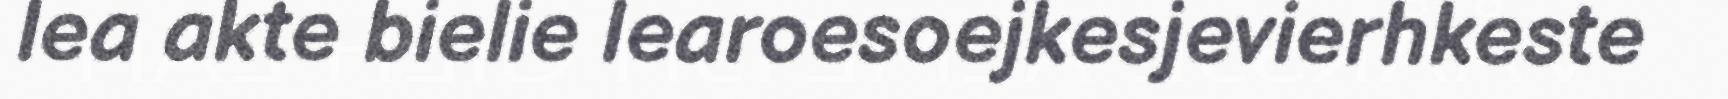
lea akte bielie learoesoejkesjevierhkeste